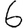
Digit: 6